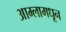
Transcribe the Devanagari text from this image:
आम्लामधून